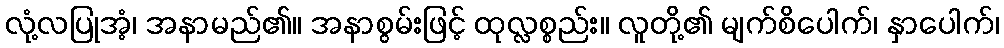
လုံ့လပြုအံ့၊ အနာမည်၏။ အနာစွမ်းဖြင့် ထုလ္လစ္စည်း။ လူတို့၏ မျက်စိပေါက်၊ နှာပေါက်၊